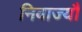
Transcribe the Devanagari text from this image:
निवाज्यौ